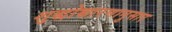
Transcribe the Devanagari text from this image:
शुद्धोच्चारणानुसार